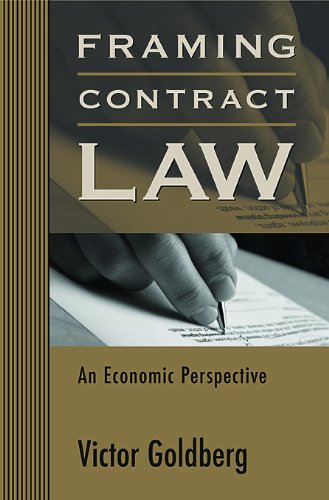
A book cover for Framing Contract Law: An Economic Perspective; Victor Goldberg; Crafts, Hobbies & Home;